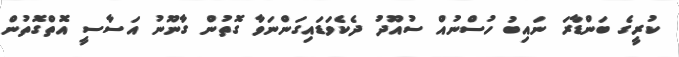
ކުރީގެ ބަންޑާރަ ނައިބު ހުސްނުއް ސުއޫދު ދެކެވަޑައިގަންނަވާ ގޮތުން ގާނޫނު އަސާސީ އޮތްގޮތުން